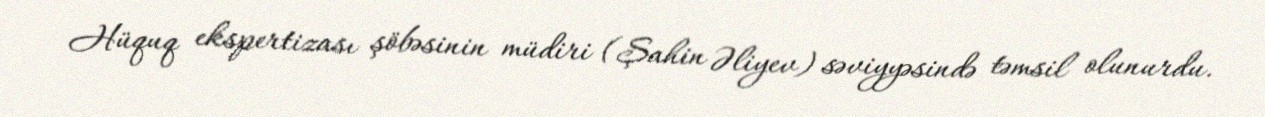
Hüquq ekspertizası şöbəsinin müdiri (Şahin Əliyev) səviyyəsində təmsil olunurdu.